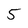
Character: 5